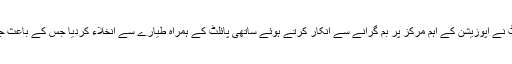
لیبیا کے ایئرفورس کے ایک پائلٹ نے اپوزیشن کے اہم مرکز پر بم گرانے سے انکار کرتے ہوئے ساتھی پائلٹ کے ہمراہ طیارے سے انخلاء کردیا جس کے باعث جنگجو طیارہ مظاہرین میں جا گرا۔